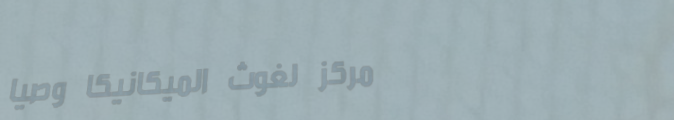
مركز لغوث الميكانيكا وصيا